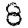
Digit: 8